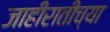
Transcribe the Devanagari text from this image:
जाहीरातीच्या